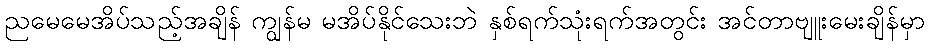
ညမေမေအိပ်သည့်အချိန် ကျွန်မ မအိပ်နိုင်သေးဘဲ နှစ်ရက်သုံးရက်အတွင်း အင်တာဗျူးမေးချိန်မှာ